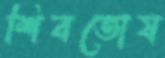
শিবতোষ